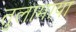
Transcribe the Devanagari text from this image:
तुलामाया